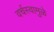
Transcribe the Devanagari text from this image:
वर्चस्वामुळे